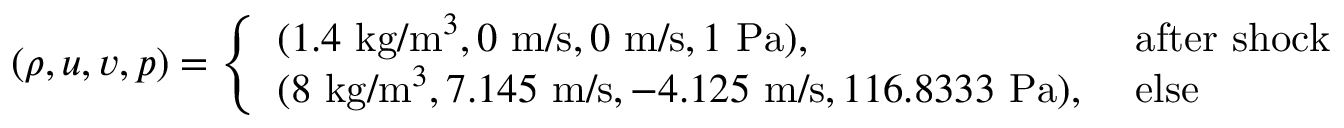
( \rho , u , v , p ) = \left\{ \begin{array} { l l } { ( 1 . 4 \mathrm { ~ k g } / \mathrm { m } ^ { 3 } , 0 \mathrm { ~ m } / \mathrm { s } , 0 \mathrm { ~ m } / \mathrm { s } , 1 \mathrm { ~ P a } ) , } & { \mathrm { ~ a f t e r ~ s h o c k ~ } } \\ { ( 8 \mathrm { ~ k g } / \mathrm { m } ^ { 3 } , 7 . 1 4 5 \mathrm { ~ m } / \mathrm { s } , - 4 . 1 2 5 \mathrm { ~ m } / \mathrm { s } , 1 1 6 . 8 3 3 3 \mathrm { ~ P a } ) , } & { \mathrm { ~ e l s e ~ } } \end{array} \right.